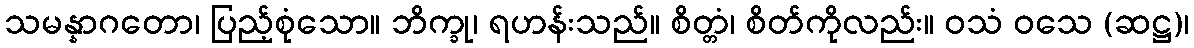
သမန္နာဂတော၊ ပြည့်စုံသော။ ဘိက္ခု၊ ရဟန်းသည်။ စိတ္တံ၊ စိတ်ကိုလည်း။ ဝသံ ဝသေ (ဆဋ္ဌ)၊